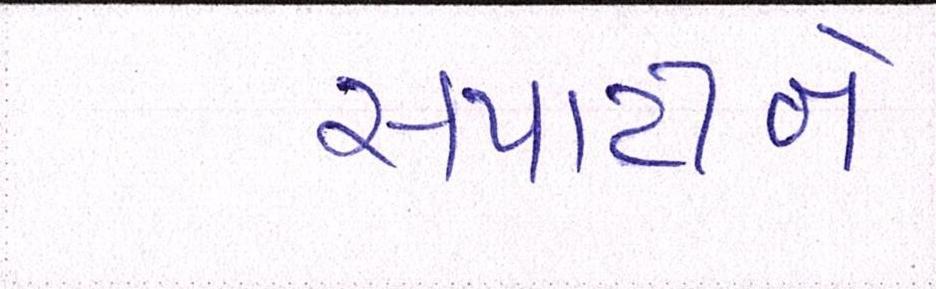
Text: સપાટીને